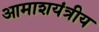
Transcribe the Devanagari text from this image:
आमाशयंत्रीय